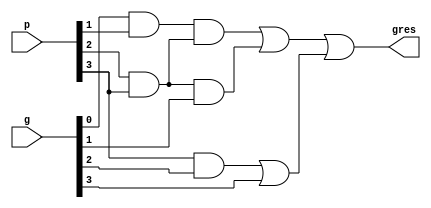
module blockprop (
    input [3:0] p,
    input [3:0] g,
    output gres
);

    // G3:0 = g3 + p3g2 + p3p2g1 + p3p2p1g0

    // p3p2p1g0
    wire a, b, pres1;
    and and1(a, g[0], p[1]);
    and and2(b, p[2], p[3]);
    and and3(pres1, a, b);

    // p3p2g1
    wire c, pres2;
    and and4(c, p[2], p[3]);
    and and5(pres2, c, g[1]);

	and and6(d,p[3],g[2]);
    // Combine results
    wire l1, l2;
    or or1(l1, pres1, pres2);
    or or2(l2, d, g[3]);
    or or3(gres, l1, l2);

endmodule